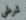
شرطي